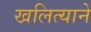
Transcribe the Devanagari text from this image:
खलित्याने